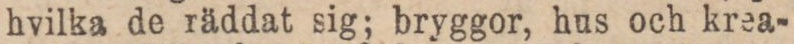
hvilka de räddat sig; bryggor, hus och krea-